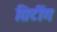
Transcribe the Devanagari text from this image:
ग्रिटींग